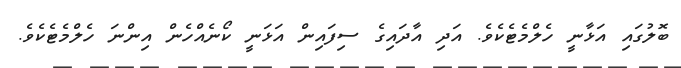
ބޮލުގައި އަޅާނީ ހެލްމެޓެކެވެ. އަދި އާދައިގެ ސިފައިން އަޅަނީ ކޯނެއްހެން އިންނަ ހެލްމެޓެކެވެ.